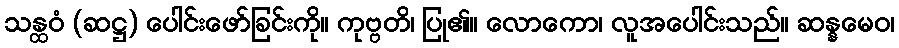
သန္ထဝံ (ဆဋ္ဌ) ပေါင်းဖော်ခြင်းကို။ ကုဗ္ဗတိ၊ ပြု၏။ လောကော၊ လူအပေါင်းသည်။ ဆန္နမေဝ၊